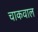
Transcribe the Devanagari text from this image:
चाकवाल